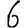
Digit: 6